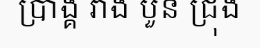
ប្រាង្គ រាង បួន ជ្រុង